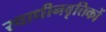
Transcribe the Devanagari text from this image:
स्वाधीनवृत्तिकों